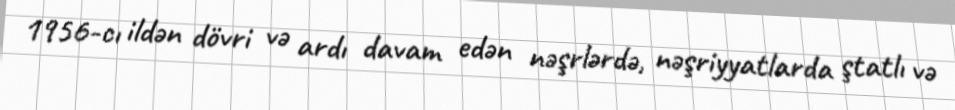
1956-cı ildən dövri və ardı davam edən nəşrlərdə, nəşriyyatlarda ştatlı və